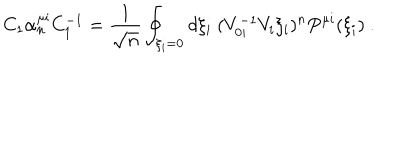
LaTeX: C _ { 1 } \alpha _ { n } ^ { \mu i } C _ { 1 } ^ { - 1 } = \frac { 1 } { \sqrt { n } } \oint _ { \xi _ { i } = 0 } d \xi _ { i } \ ( V _ { 0 i } ^ { - 1 } V _ { i } \xi _ { i } ) ^ { n } P ^ { \mu i } ( \xi _ { i } ) \ .